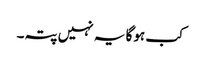
کب ہوگا یہ نہیں پتہ۔